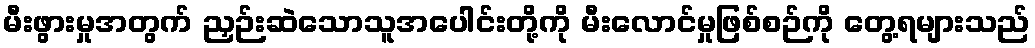
မီးဖွားမှုအတွက် ညှဉ်းဆဲသောသူအပေါင်းတို့ကို မီးလောင်မှုဖြစ်စဉ်ကို တွေ့ရများသည်